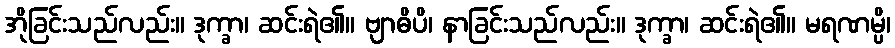
အိုခြင်းသည်လည်း။ ဒုက္ခာ၊ ဆင်းရဲ၏။ ဗျာဓိပိ၊ နာခြင်းသည်လည်း။ ဒုက္ခာ၊ ဆင်းရဲ၏။ မရဏမ္ပိ၊